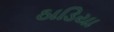
ઠાડિયા